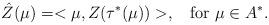
LaTeX: \begin{align*}\hat{Z}(\mu) = <\mu, Z(\tau^*(\mu))>, \; \; \mbox{ for } \mu \in A^*.\end{align*}